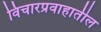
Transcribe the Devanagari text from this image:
विचारप्रवाहातील